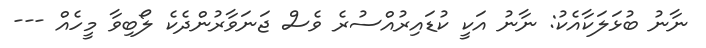
ނާނު ބުޅަލަކާއެކު: ނާނު އަކީ ކުޑައިރުއްސުރެ ވެސް ޖަނަވާރުންދެކެ ލޯބިވާ މީހެއް ---